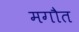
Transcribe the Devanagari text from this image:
मगौत